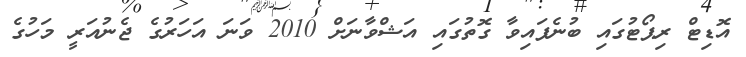
އޮޑިޓް ރިޕޯޓުގައި ބުނެފައިވާ ގޮތުގައި އަޝްވާނަށް 2010 ވަނަ އަހަރުގެ ޖެނުއަރީ މަހުގެ